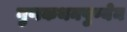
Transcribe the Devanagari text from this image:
गुणकथनपुण्येन